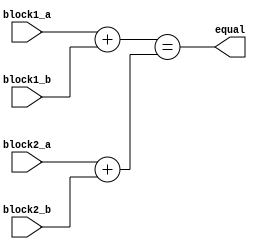
module arithmetic_equality (
    input [7:0] block1_a,
    input [7:0] block1_b,
    input [7:0] block2_a,
    input [7:0] block2_b,
    output equal
);

reg [7:0] result1, result2;

// Perform necessary arithmetic operations
assign result1 = block1_a + block1_b;
assign result2 = block2_a + block2_b;

// Compare calculated values
assign equal = (result1 == result2);

endmodule